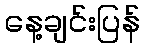
နေ့ချင်းပြန်